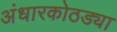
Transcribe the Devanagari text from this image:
अंधारकोठड्या